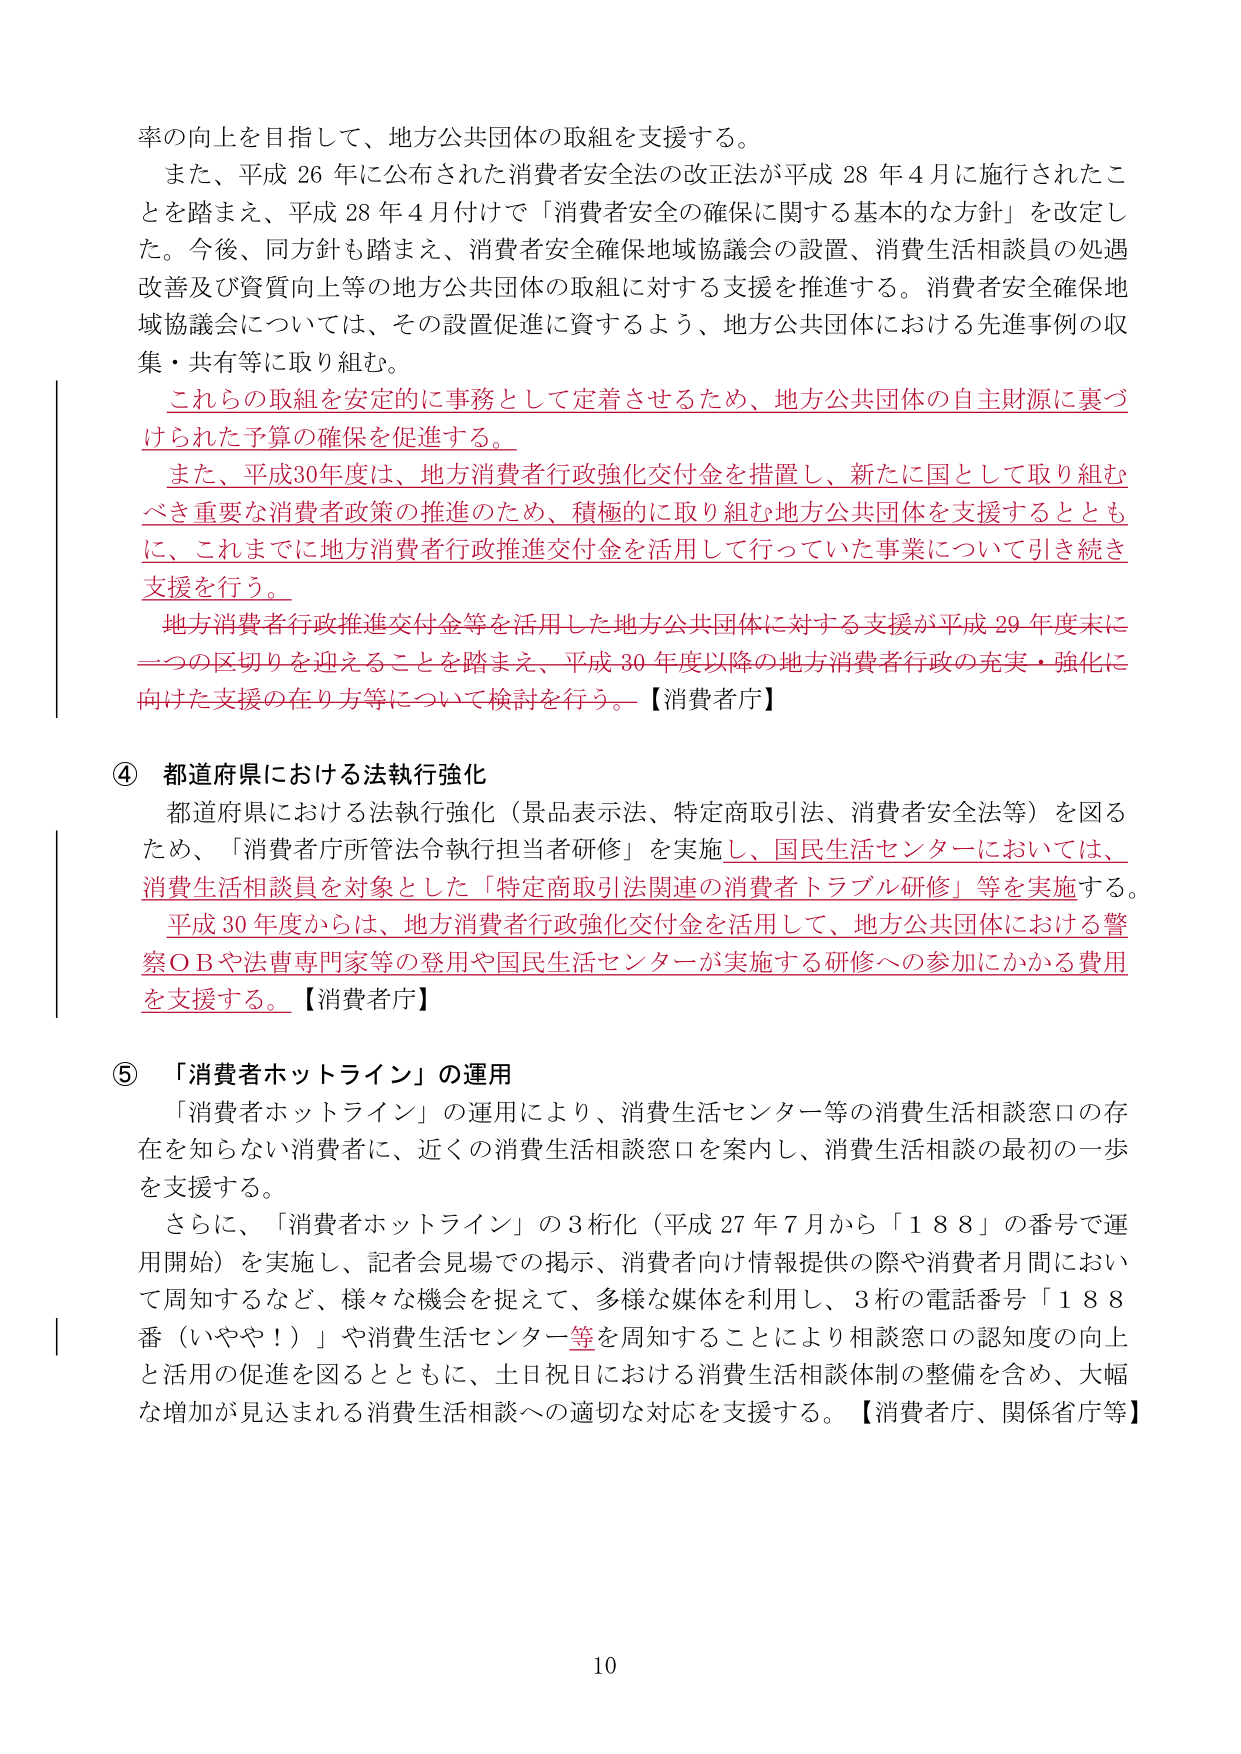
率の向上を目指して、地方公共団体の取組を支援する。
また、平成26年に公布された消費者安全法の改正法が平成28年4月に施行されたことを踏まえ、平成28年4月付けで「消費者安全の確保に関する基本的な方針」を改定した。今後、同方針も踏まえ、消費者安全確保地域協議会の設置、消費生活相談員の処遇改善及び資質向上等の地方公共団体の取組に対する支援を推進する。消費者安全確保地域協議会については、その設置促進に資するよう、地方公共団体における先進事例の収集・共有等に取り組む。
これらの取組を安定的に事務として定着させるため、地方公共団体の自主財源に裏づけられた予算の確保を促進する。
また、平成30年度は、地方消費者行政強化交付金を措置し、新たに国として取り組むべき重要な消費者政策の推進のため、積極的に取り組む地方公共団体を支援するとともに、これまでに地方消費者行政推進交付金を活用して行っていた事業について引き続き支援を行う。
地方消費者行政推進交付金等を活用した地方公共団体に対する支援が平成29年度末に一つの区切りを迎えることを踏まえ、平成30年度以降の地方消費者行政の充実・強化に向けた支援の在り方等について検討を行う。【消費者庁】

④ 都道府県における法執行強化
都道府県における法執行強化（景品表示法、特定商取引法、消費者安全法等）を図るため、「消費者庁所管法令執行担当者研修」を実施し、国民生活センターにおいては、消費生活相談員を対象とした「特定商取引法関連の消費者トラブル研修」等を実施する。平成30年度からは、地方消費者行政強化交付金を活用して、地方公共団体における警察OBや法曹専門家等の登用や国民生活センターが実施する研修への参加にかかる費用を支援する。【消費者庁】

⑤ 「消費者ホットライン」の運用
「消費者ホットライン」の運用により、消費生活センター等の消費生活相談窓口の存在を知らない消費者に、近くの消費生活相談窓口を案内し、消費生活相談の最初の一歩を支援する。
さらに、「消費者ホットライン」の3桁化（平成27年7月から「188」の番号で運用開始）を実施し、記者会見場での掲示、消費者向け情報提供の際や消費者月間において周知するなど、様々な機会を捉えて、多様な媒体を利用し、3桁の電話番号「188番（いやや！）」や消費生活センター等を周知することにより相談窓口の認知度の向上と活用の促進を図るとともに、土日祝日における消費生活相談体制の整備を含め、大幅な増加が見込まれる消費生活相談への適切な対応を支援する。【消費者庁、関係省庁等】

10